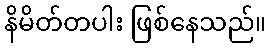
နိမိတ်တပါး ဖြစ်နေသည်။